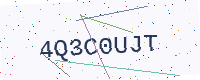
Text: 4Q3C0UJT